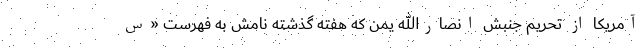
آمریکا از تحریم جنبش انصارالله یمن که هفته گذشته نامش به فهرست «س